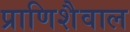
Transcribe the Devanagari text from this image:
प्राणिशैवाल